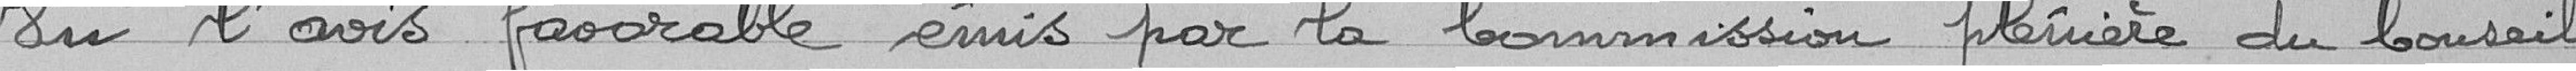
Vu l'avis favorable émis par la Commission plénière du Conseil